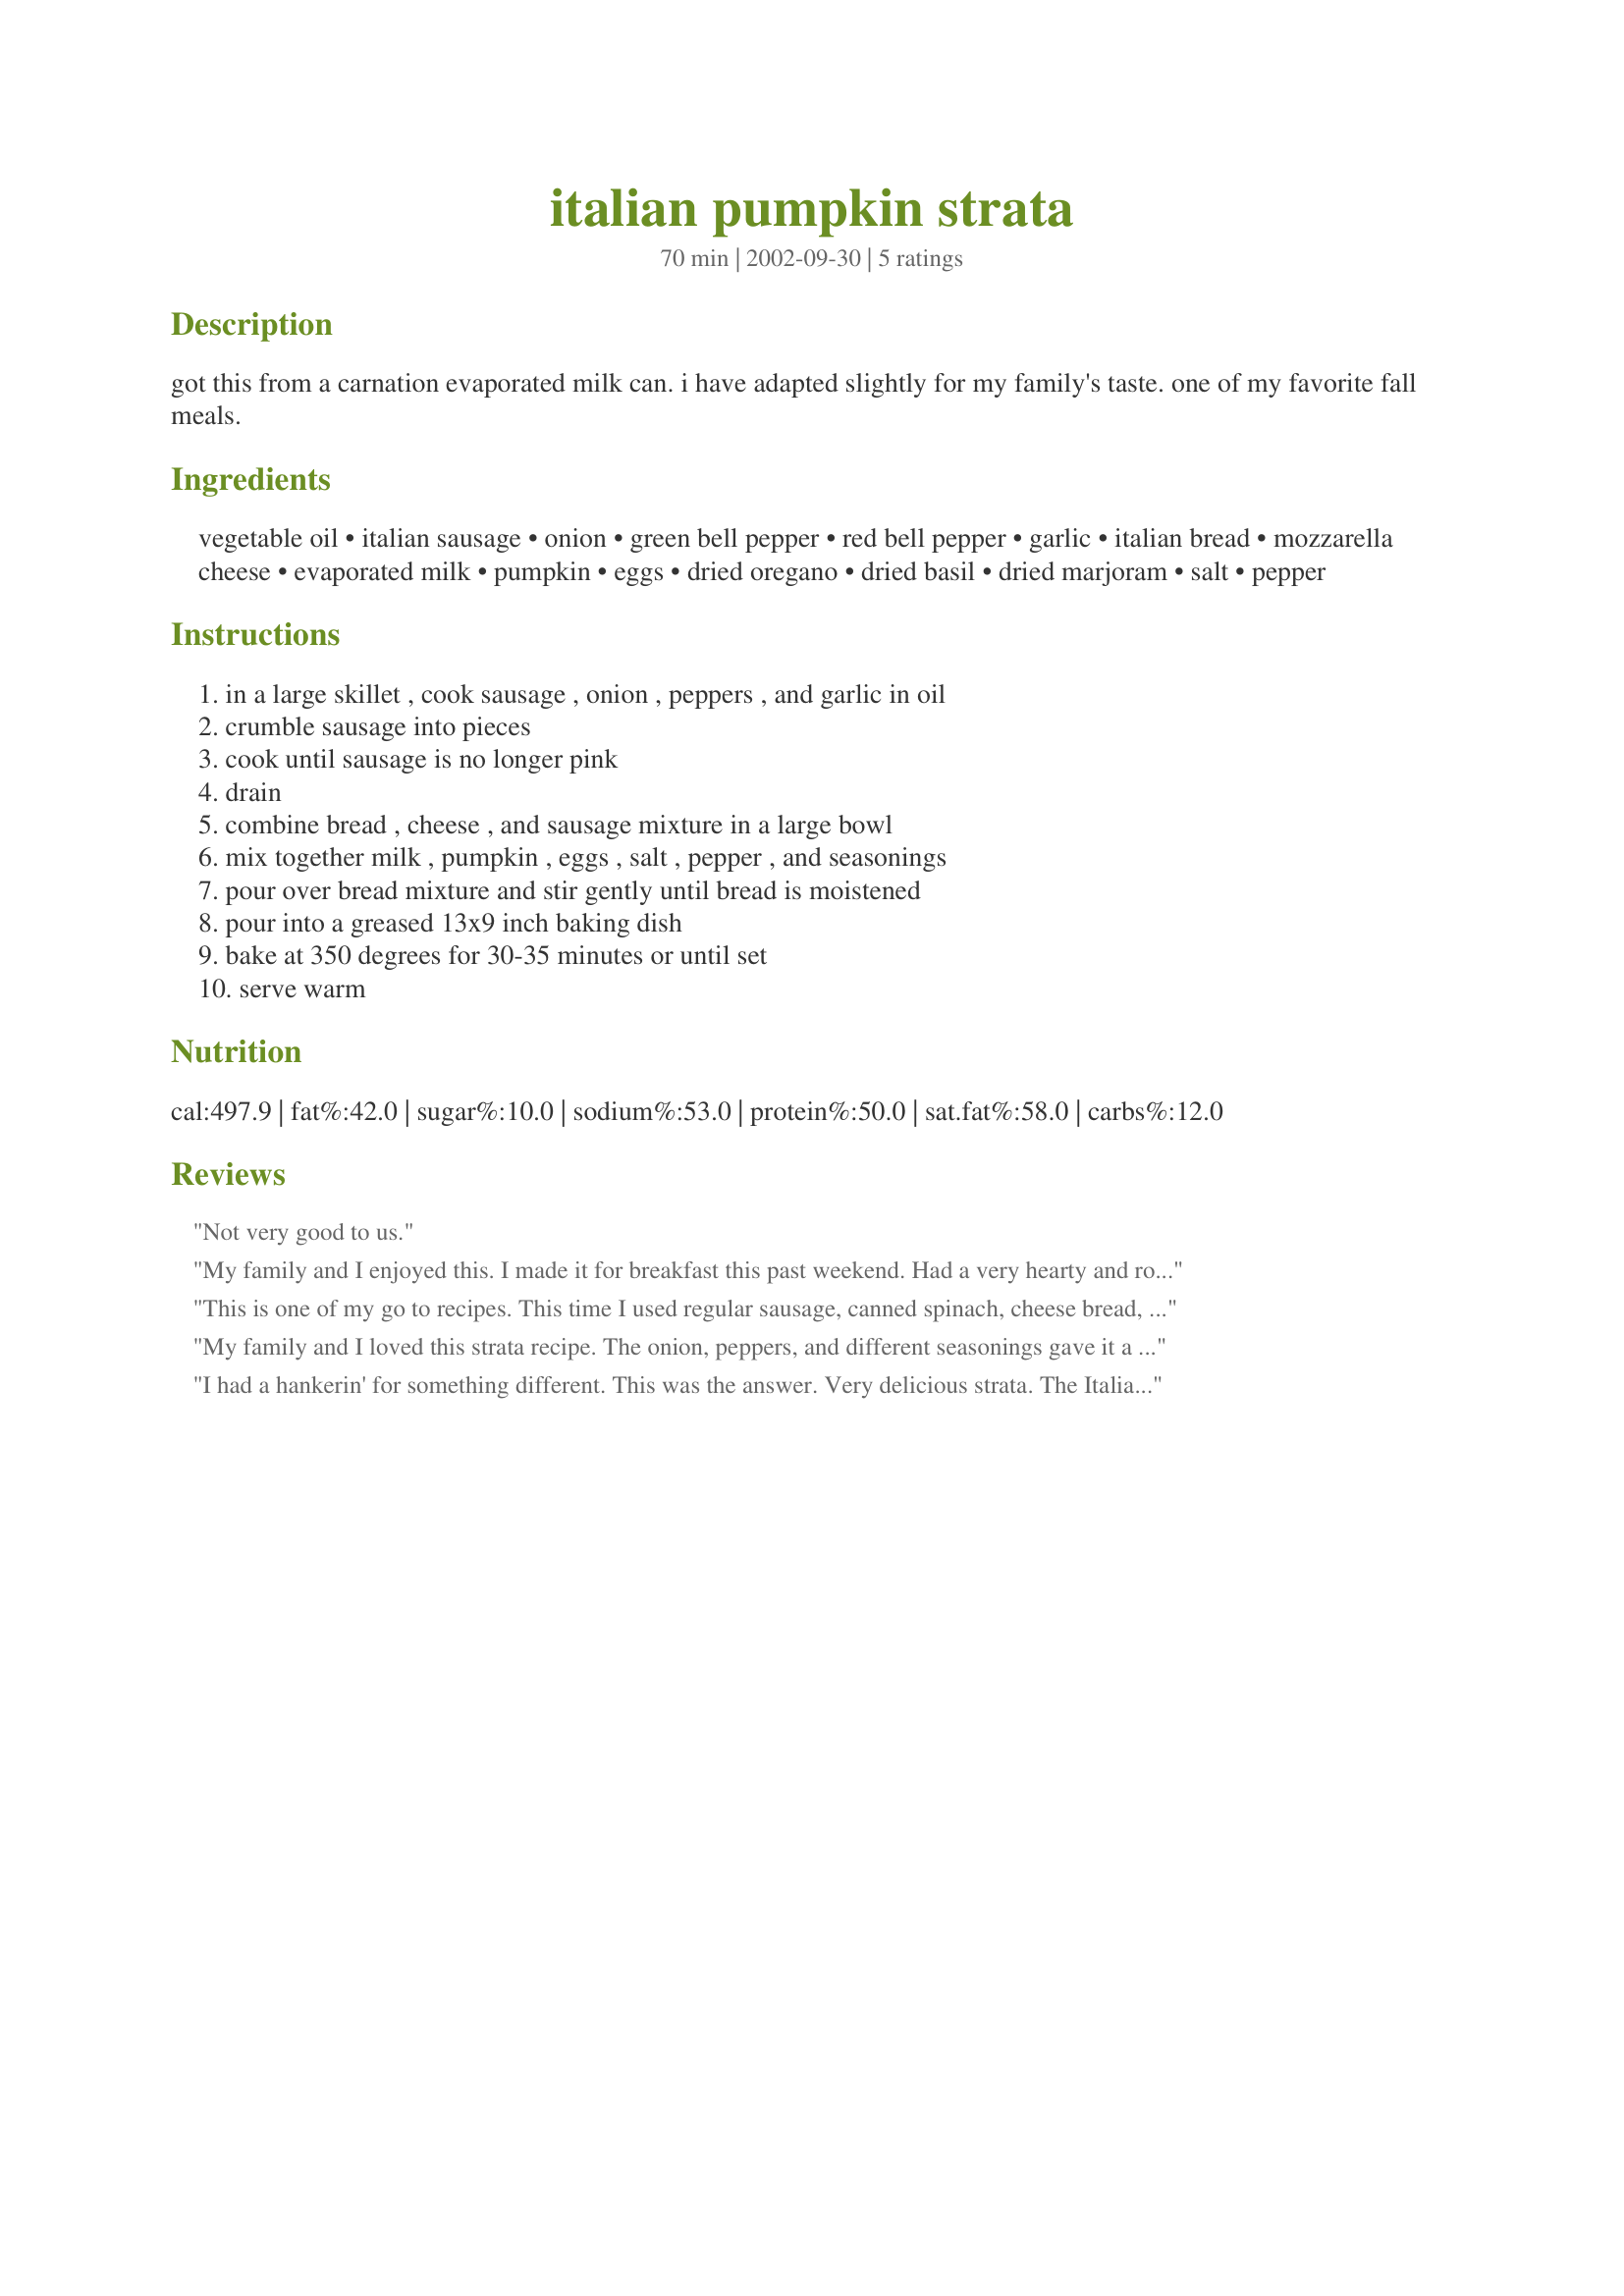
italian pumpkin strata
Preparation time: 70 minutes

got this from a carnation evaporated milk can. i have adapted slightly for my family's taste. one of my favorite fall meals.

Ingredients:
vegetable oil, italian sausage, onion, green bell pepper, red bell pepper, garlic, italian bread, mozzarella cheese, evaporated milk, pumpkin, eggs, dried oregano, dried basil, dried marjoram, salt, pepper

Steps:
in a large skillet , cook sausage , onion , peppers , and garlic in oil, crumble sausage into pieces, cook until sausage is no longer pink, drain, combine bread , cheese , and sausage mixture in a large bowl, mix together milk , pumpkin , eggs , salt , pepper , and seasonings, pour over bread mixture and stir gently until bread is moistened, pour into a greased 13x9 inch baking dish, bake at 350 degrees for 30-35 minutes or until set, serve warm

Reviews:
Not very good to us.
My family and I enjoyed this. I made it for breakfast this past weekend. Had a very hearty and robust flavor that suited our tastes. I took the leftovers to work today for my lunch. Caused quite a stir at the office. The wonderful smell attracted my co-workers attention. I let them have a sample and they were frothing at the mouth. Thank you for posting this recipe.
This is one of my go to recipes. This time I used regular sausage, canned spinach, cheese bread, and rehydrated home-dried cottage cheese instead of milk, etc. I hadn&#039;t made it for a while, and could not find it in my recipe box or in the main collection. I contacted the site for help-got nothing. I actually knew all of the main ingredients, but used winter squash as my key words instead of pumpkin. Well, pumpkin is a winter squash, for those who don&#039;t know. Other types of winter squash even processed and sold as canned pumpkin, varieties are so similar.
My family and I loved this strata recipe. The onion, peppers, and different seasonings gave it a very savory taste which we enjoyed. We had ours for dinner, too. Very hearty, well seasoned, and easy to make. Thanks.
I had a hankerin' for something different. This was the answer. Very delicious strata. The Italian sausage, Italian seasonings, and pumpkin flavors all mingled very well. We had this for supper but would make a great brunch dish also. Thanks Nurse Di.
